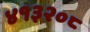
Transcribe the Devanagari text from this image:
४१३२०८